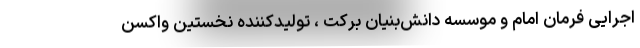
اجرایی فرمان امام و موسسه دانش‌بنیان برکت ، تولیدکننده نخستین واکسن